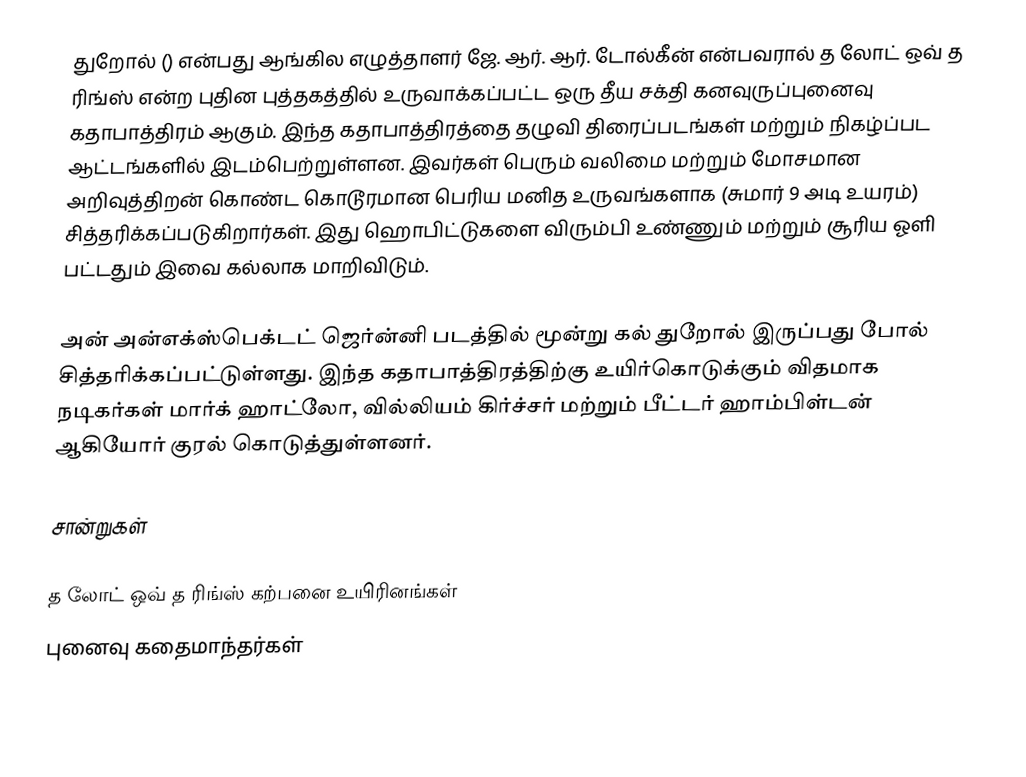
துறோல் () என்பது ஆங்கில எழுத்தாளர் ஜே. ஆர். ஆர். டோல்கீன் என்பவரால் த லோட் ஒவ் த ரிங்ஸ் என்ற புதின புத்தகத்தில் உருவாக்கப்பட்ட ஒரு தீய சக்தி கனவுருப்புனைவு கதாபாத்திரம் ஆகும். இந்த கதாபாத்திரத்தை தழுவி திரைப்படங்கள் மற்றும் நிகழ்ப்பட ஆட்டங்களில் இடம்பெற்றுள்ளன. இவர்கள் பெரும் வலிமை மற்றும் மோசமான அறிவுத்திறன் கொண்ட கொடூரமான பெரிய மனித உருவங்களாக (சுமார் 9 அடி உயரம்) சித்தரிக்கப்படுகிறார்கள். இது ஹொபிட்டுகளை விரும்பி உண்ணும் மற்றும் சூரிய ஓளி பட்டதும் இவை கல்லாக மாறிவிடும்.

அன் அன்எக்ஸ்பெக்டட் ஜெர்ன்னி படத்தில் மூன்று கல் துறோல் இருப்பது போல் சித்தரிக்கப்பட்டுள்ளது. இந்த கதாபாத்திரத்திற்கு உயிர்கொடுக்கும் விதமாக நடிகர்கள் மார்க் ஹாட்லோ, வில்லியம் கிர்ச்சர் மற்றும் பீட்டர் ஹாம்பிள்டன் ஆகியோர் குரல் கொடுத்துள்ளனர்.

சான்றுகள்

த லோட் ஒவ் த ரிங்ஸ் கற்பனை உயிரினங்கள்
புனைவு கதைமாந்தர்கள்